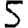
Digit: 5